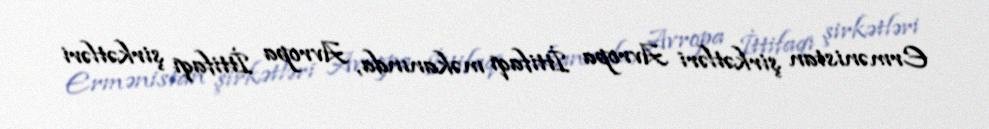
Ermənistan şirkətləri Avropa İttifaqı məkanında, Avropa İttifaqı şirkətləri